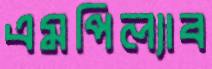
এমপিল্যাব